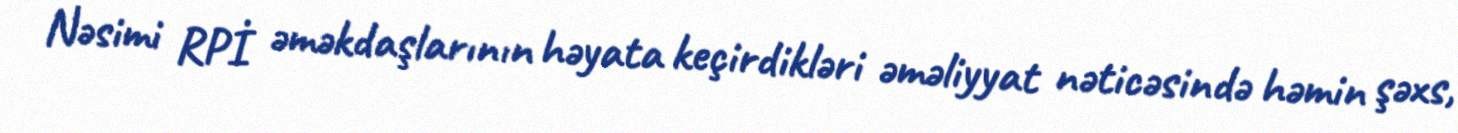
Nəsimi RPİ əməkdaşlarının həyata keçirdikləri əməliyyat nəticəsində həmin şəxs,